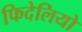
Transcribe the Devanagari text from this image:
फिदेलियो